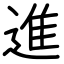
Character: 進